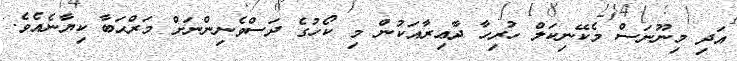
އަދި މިނޫނަސް މެކޭނިކަލް ހުރިހާ ދާޢިރާއަކުން މި ކޯހުގެ ދަސްވެނިންނަށް މަރްޙަބާ ކިޔާނެއެވެ.